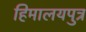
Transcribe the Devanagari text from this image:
हिमालयपुत्र